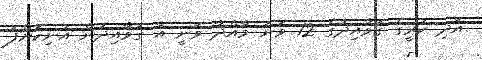
އަދި ކުރީގެ ގަވާއިދުގެ 12 ވަނަ މާއްދާ ވަނީ އާ ގަވާއިދުން އުނިކޮށްފަ